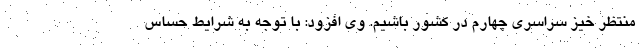
منتظر خیز سراسری چهارم در کشور باشیم. وی افزود: با توجه به شرایط حساس